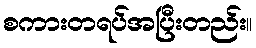
စကားတရပ်အပြီးတည်း။